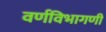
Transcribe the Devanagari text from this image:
वर्णविभागणी